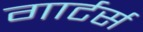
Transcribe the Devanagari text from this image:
गार्टर्स